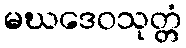
မဃဒေဝသုတ္တံ